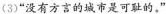
(3)”没有方言的城市是可耻的，”